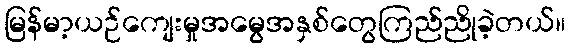
မြန်မာ့ယဉ်ကျေးမှုအမွေအနှစ်တွေကြည်ညိုခဲ့တယ်။